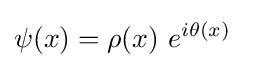
\psi (x)=\rho (x)\ e^{i\theta (x)}\